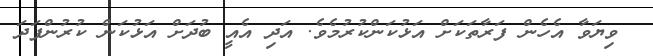
ވިޔަވާ އެހެން ފަރާތަކަށް އަޅުކަންކުރުމެވެ. އަދި އެއީ ބުދަށް އަޅުކަން ކުރުންފަދަ